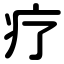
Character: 疗